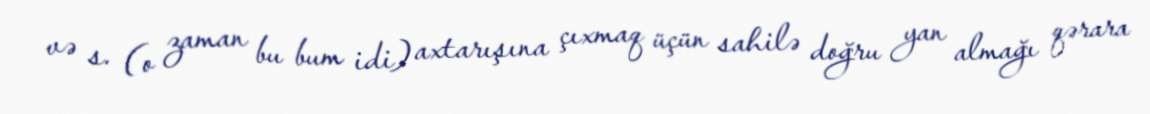
və s. (o zaman bu bum idi) axtarışına çıxmaq üçün sahilə doğru yan almağı qərara